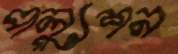
পল্যুশন